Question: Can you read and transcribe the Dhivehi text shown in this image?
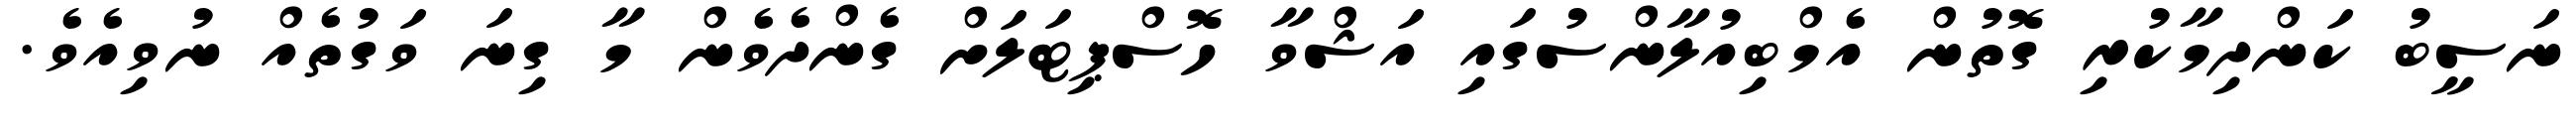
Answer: ނަސީބު ކަންދިމާކުރި ގޮތުން އެމްބިއުލާންސުގައި އަޝްވާ ހޮސްޕިޓަލަށް ގެންދެވެން މާ ގިނަ ވަގުތެއް ނުވިއެވެ.